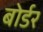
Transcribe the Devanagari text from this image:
बोर्डर